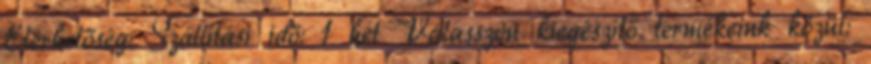
Elérhetőség: Szállítási idő: 1 hét Válasszon kiegészítő termékeink közül: